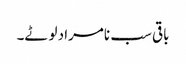
باقی سب نامراد لوٹے۔